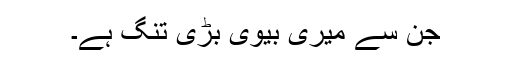
جن سے میری بیوی بڑی تنگ ہے۔